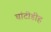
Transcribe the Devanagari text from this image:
चांटीडीह